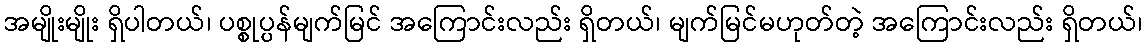
အမျိုးမျိုး ရှိပါတယ်၊ ပစ္စုပ္ပန်မျက်မြင် အကြောင်းလည်း ရှိတယ်၊ မျက်မြင်မဟုတ်တဲ့ အကြောင်းလည်း ရှိတယ်၊